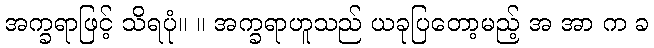
အက္ခရာဖြင့် သိရပုံ။ ။ အက္ခရာဟူသည် ယခုပြတော့မည့် အ အာ က ခ